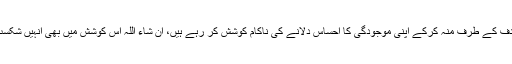
اب وہ آسان ہدف کے طرف منہ کرکے اپنی موجودگی کا احساس دلانے کی ناکام کوشش کر رہے ہیں، ان شاء اللہ اس کوشش میں بھی انہیں شکست فاش ہوگی۔